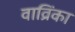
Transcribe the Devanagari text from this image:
वाव्रिंका